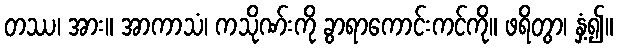
တဿ၊ အား။ အာကာသံ၊ ကသိုဏ်းကို ခွာရာကောင်းကင်ကို။ ဖရိတွာ၊ နှံ့၍။